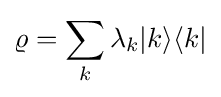
\varrho =\sum _{k}\lambda _{k}\vert k\rangle \langle k\vert